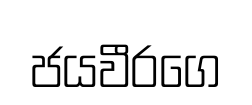
ජයවීරගෙ